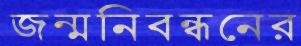
জন্মনিবন্ধনের